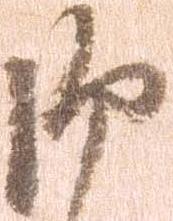
御